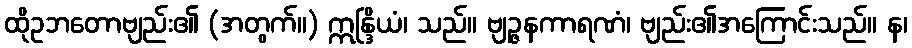
ထိုဥဘတောဗျည်း၏ (အတွက်။) ဣန္ဒြိယံ၊ သည်။ ဗျဉ္ဇနကာရဏံ၊ ဗျည်း၏အကြောင်းသည်။ န၊